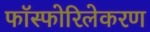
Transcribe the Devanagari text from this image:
फॉस्फोरिलेकरण